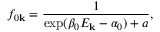
f _ { 0 \mathbf { k } } = \frac { 1 } { \exp ( { \beta _ { 0 } E _ { \mathbf { k } } - \alpha _ { 0 } } ) + a } ,